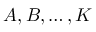
A , B , \dots , K